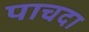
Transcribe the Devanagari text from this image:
पाचदा